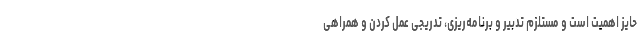
حایز اهمیت است و مستلزم تدبیر و برنامه‌ریزی، تدریجی عمل کردن و همراهی